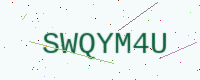
Text: SWQYM4U